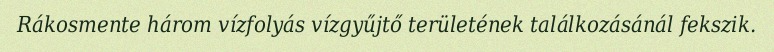
Rákosmente három vízfolyás vízgyűjtő területének találkozásánál fekszik.